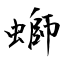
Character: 螄